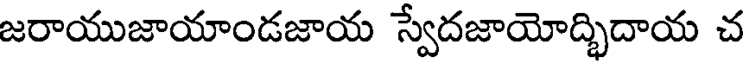
జరాయుజాయాండజాయ స్వేదజాయోద్భిదాయ చ